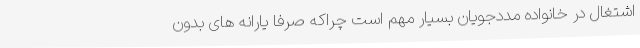
اشتغال در خانواده مددجویان بسیار مهم است چراکه صرفا یارانه های بدون